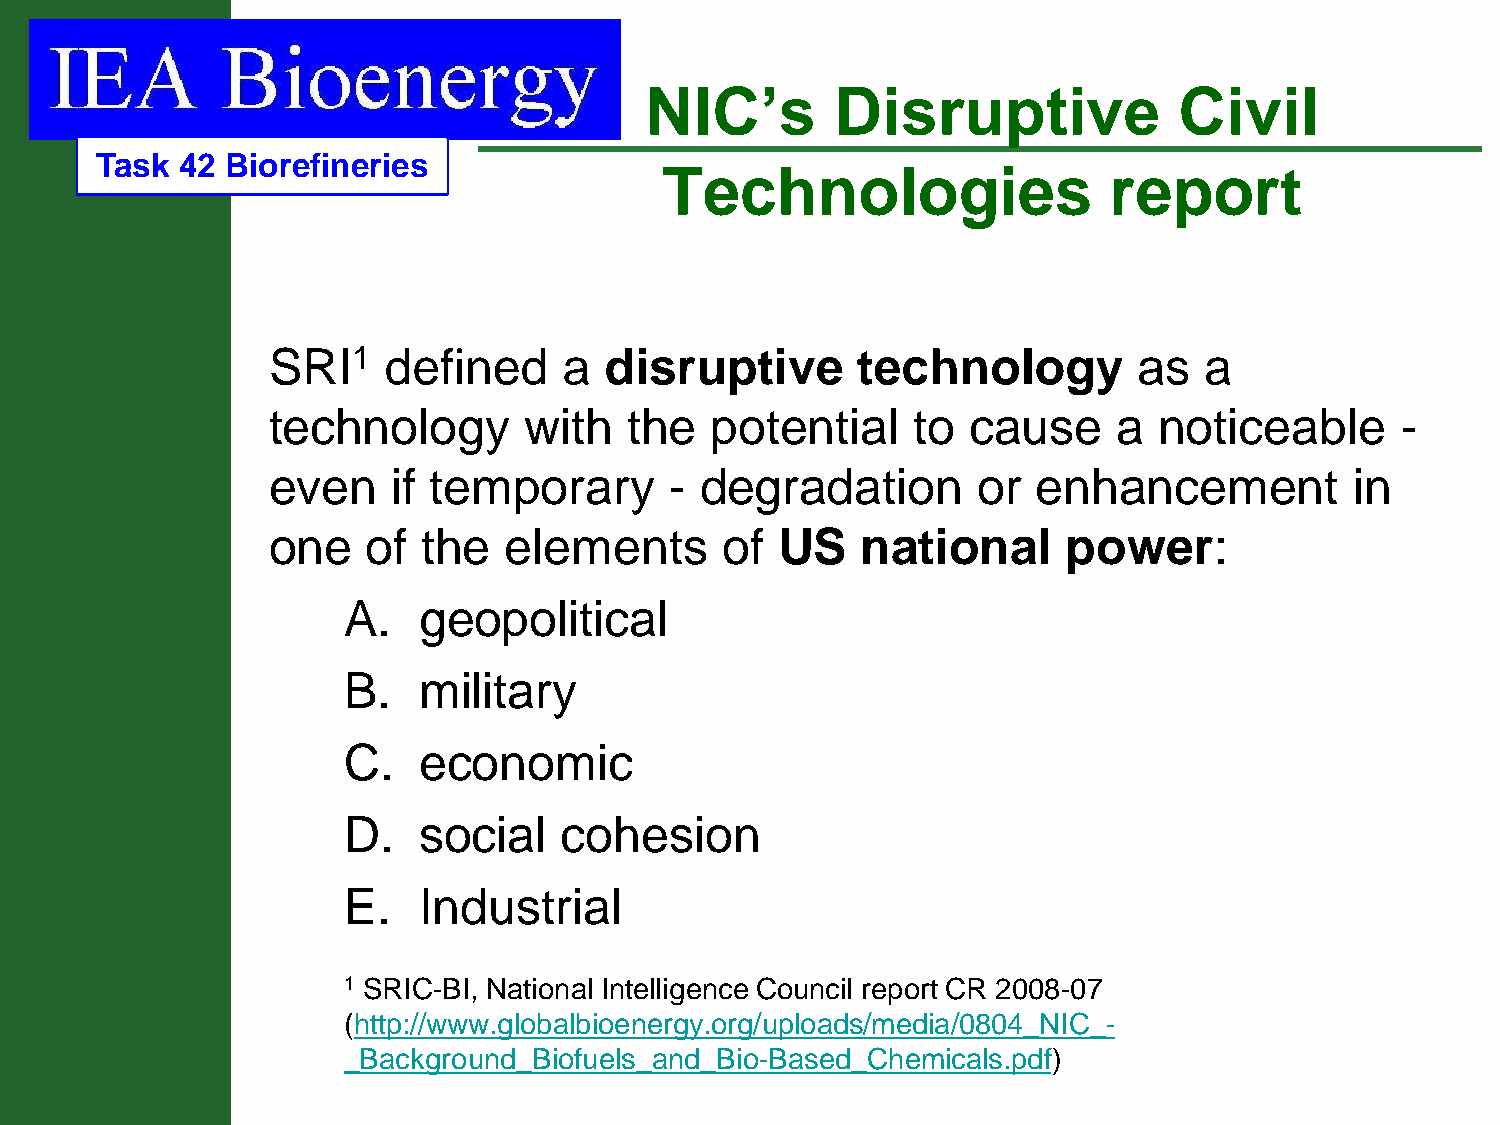
NIC’s       Disruptive             Civil
 Task  42 Biorefineries
 Technologies                 report
 SRI1   defined     a  disruptive       technology        as   a
 technology       with   the  potential     to cause     a  noticeable      -
 even    if temporary      - degradation        or  enhancement          in
 one   of  the  elements       of US    national      power:
 A.   geopolitical
 B.   military
 C.   economic
 D.   social   cohesion
 E.   Industrial
 1 SRIC-BI, National Intelligence Council report CR 2008-07
 (http://www.globalbioenergy.org/uploads/media/0804_NIC_-
 _Background_Biofuels_and_Bio-Based_Chemicals.pdf)